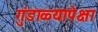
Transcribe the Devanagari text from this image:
गुंडाळ्यापेक्षा